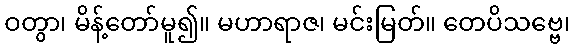
ဝတွာ၊ မိန့်တော်မူ၍။ မဟာရာဇ၊ မင်းမြတ်။ တေပိသဗ္ဗေ၊